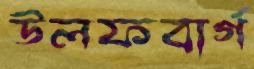
উলফবার্গ